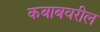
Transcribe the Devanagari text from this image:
कबाबवरील